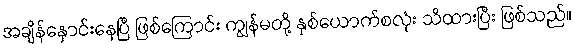
အချိန်နှောင်းနေပြီ ဖြစ်ကြောင်း ကျွန်မတို့ နှစ်ယောက်စလုံး သိထားပြီး ဖြစ်သည်။